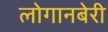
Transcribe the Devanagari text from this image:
लोगानबेरी